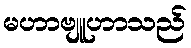
မဟာဗျူဟာသည်